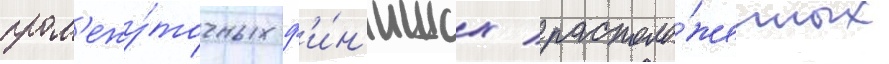
пром'ежу́точных ф'и́н'ишах / располо́женных